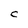
Character: C